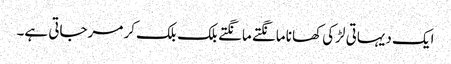
ایک دیہاتی لڑکی کھانا مانگتے مانگتے بلک بلک کر مرجاتی ہے۔